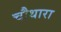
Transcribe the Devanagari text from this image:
चौथारा